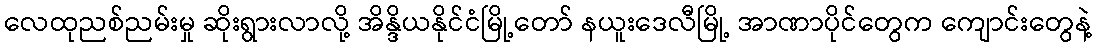
လေထုညစ်ညမ်းမှု ဆိုးရွားလာလို့ အိန္ဒိယနိုင်ငံမြို့တော် နယူးဒေလီမြို့ အာဏာပိုင်တွေက ကျောင်းတွေနဲ့